Annual report on the mental hospital in the Central Provinces and Berar (Nagpur) - 1927-1951
Year: 1927
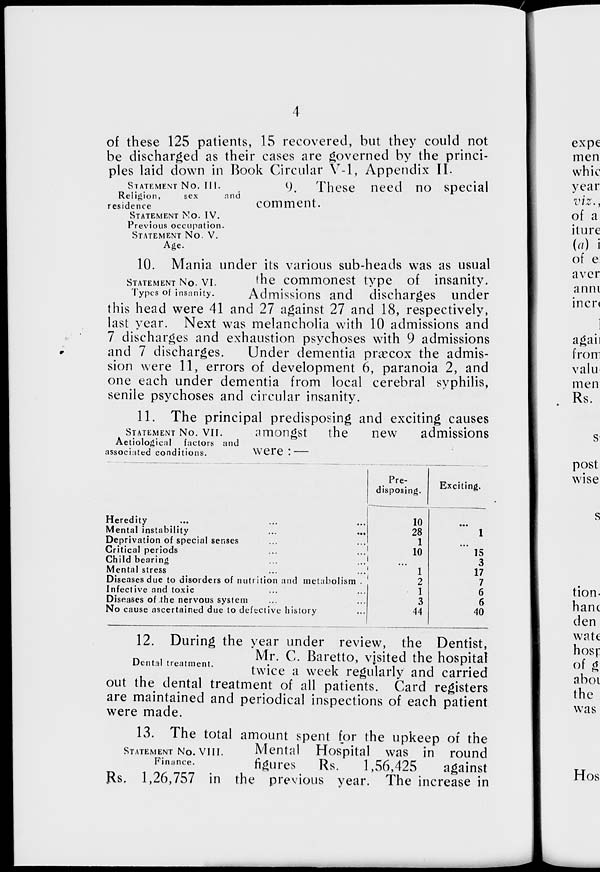
4
of these 125 patients, 15 recovered, but they could not
be discharged as their cases are governed by the princi-
ples laid down in Book Circular V-l, Appendix II.
STATEMENT No. III.
Religion,
sex
and
residence
STATEMENT No. IV.
Previous occupation.
STATEMENT No. V.
Age.
9. These need no special
comment.
STATEMENT No. VI.
Types of insanity.
10. Mania under its various sub-heads was as usual
the commonest type of insanity.
Admissions and discharges under
this head were 41 and 27 against 27 and 18, respectively,
last year. Next was melancholia with 10 admissions and
7 discharges and exhaustion psychoses with 9 admissions
and 7 discharges.
Under dementia præcox the admis-
sion were 11, errors of development 6, paranoia 2, and
one each under dementia from local cerebral syphilis,
senile psychoses and circular insanity.
11. The principal predisposing and exciting causes
amongst the
new
admissions
were : —
STATEMENT No. VII.
Aetiological factors and
associated conditions.
Heredity ... ... ...
Mental instability ... ...
Deprivation of special senses ... ...
Critical periods
...
...
Child bearing
...
...
Mental stress
...
...
Diseases due to disorders of nutrition and metabolism.
Infective and toxic ... ...
Diseases of the nervous system ... ...
No cause ascertained due to defective history ...
Pre-
disposing.
10
28
1
10
...
1
2
1
3
44
Exciting.
...
1
...
15
3
17
7
6
6
40
Dental treatment.
12. During the year under review, the Dentist,
Mr. C. Baretto, visited the hospital
twice a week regularly and carried
out the dental treatment of all patients. Card registers
are maintained and periodical inspections of each patient
were made.
STATEMENT No. VIII.
Finance.
13. The total amount spent for the upkeep of the
Mental Hospital was in round
figures
Rs.
1,56,425
against
Rs, 1,26,757 in the previous year. The increase in